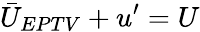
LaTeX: \bar{U}_{EPTV}+u^{\prime}=U